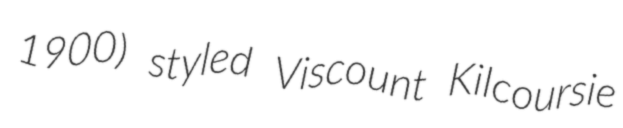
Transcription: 1900) styled Viscount Kilcoursie